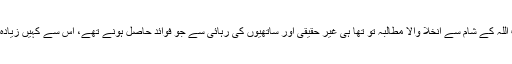
لیکن نصرہ فرنٹ کو معلوم ہے کہ اس کا حزب اللہ کے شام سے انخلا والا مطالبہ تو تھا ہی غیر حقیقی اور ساتھیوں کی رہائی سے جو فوائد حاصل ہونے تھے، اس سے کہیں زیادہ انہوں نے اس معاہدے سے حاصل کر لیے ہیں۔